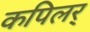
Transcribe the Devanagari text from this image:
कपिलर्